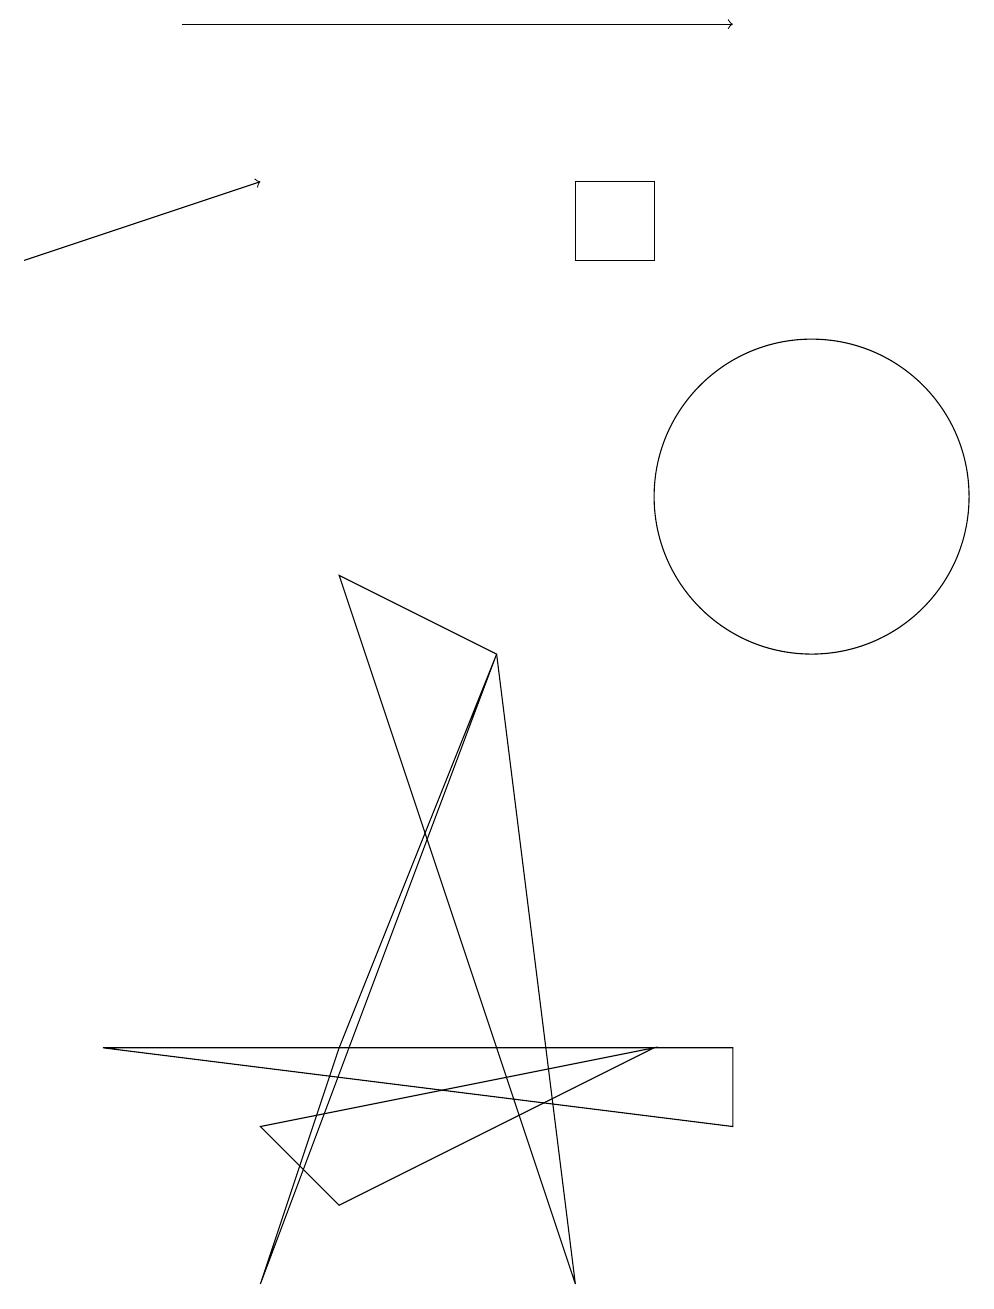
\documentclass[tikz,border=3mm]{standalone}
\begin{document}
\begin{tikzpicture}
\draw (4,9) -- (7,0) -- (6,8) -- cycle;
\draw[->] (2,16) -- (9,16);
\draw (6,8) -- (4,3) -- (3,0) -- cycle;
\draw (7,14) rectangle (8,13);
\draw (9,2) -- (9,3) -- (1,3) -- cycle;
\draw (10,10) circle (2);
\draw[->] (0,13) -- (3,14);
\draw (8,3) -- (3,2) -- (4,1) -- cycle;
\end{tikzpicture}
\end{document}